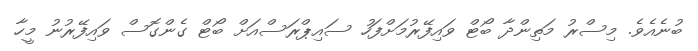
ބުނެއެވެ. މިސްރު މަތިންދާ ބޯޓް ވައިފޭރުމަށްފަހު ސައިޕްރަސްއަށް ބޯޓް ގެންގޮސް ވައިފޭރުނު މީހާ